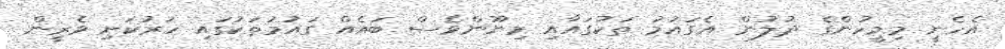
އެހެނީ މިމީހުންގެ ދުލުން އެގައުމު ތަކުގައާއި މިނޫންވެސް ބައެއް ގަައުމުތަކުގައި ހަރުކަށި ވެރީން